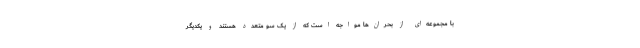
با مجموعه‌ای از بحران‌ها مواجه است که از یک سو متعدد هستند و یکدیگر